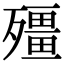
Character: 殭